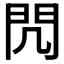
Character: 𨳋